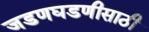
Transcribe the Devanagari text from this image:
जडणघडणीसाठी